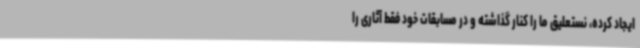
ایجاد کرده، نستعلیق ما را کنار گذاشته و در مسابقات خود فقط آثاری را